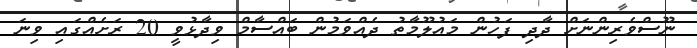
ނޫސްވެރިންނަށް ދާދި ފަހުން މައުލޫމާތު ދެއްވަމުން ބައްސާމް ވިދާޅުވީ 20 ރަށެއްގައި ވިނަ